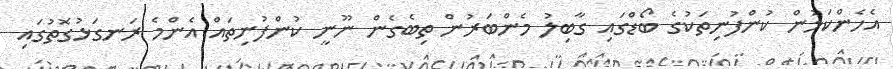
އެހެންކަމުން ކުންފުނިތަކުގެ ބޯޑްގައި ގާބިލު މެންބަރުން ތިބެގެން ނޫނީ ކުންފުނިތައް އެންމެ ރަނގަޅުގޮތުގައި